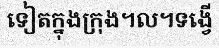
ទៀតក្នុងក្រុង។ល។ទង្វើ